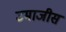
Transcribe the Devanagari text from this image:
उमाजीस